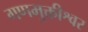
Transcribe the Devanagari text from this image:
गणमुक्तीश्वर